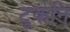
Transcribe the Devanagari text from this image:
टूकनि